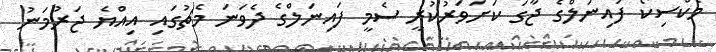
މެކްސިކޯ ފައިނަލްގެ ޖާގަ ކަށަވަރުކުރީ ސެމީ ފައިނަލްގެ ދެވަނަ މެޗުގައި އިއްޔެ ޖަރުމަނު